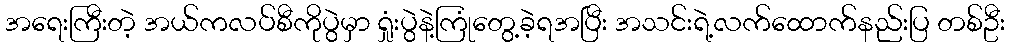
အရေးကြီးတဲ့ အယ်ကလပ်စီကိုပွဲမှာ ရှုံးပွဲနဲ့ကြုံတွေ့ခဲ့ရအပြီး အသင်းရဲ့လက်ထောက်နည်းပြ တစ်ဦး